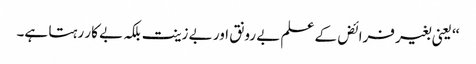
‘‘ یعنی بغیر فرائض کے علم بے رونق اور بے زینت بلکہ بے کار رہتا ہے۔